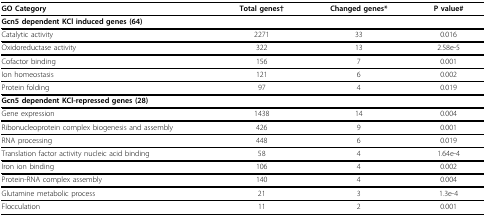
| GO Category | Total genes† | Changed genes* | P value# |
 | --- | --- | --- | --- |
 | Gcn5 dependent KCl induced genes (64) |  |  |  |
 | Catalytic activity | 2271 | 33 | 0.016 |
 | Oxidoreductase activity | 322 | 13 | 2.58e-5 |
 | Cofactor binding | 156 | 7 | 0.001 |
 | Ion homeostasis | 121 | 6 | 0.002 |
 | Protein folding | 97 | 4 | 0.019 |
 | Gcn5 dependent KCl-repressed genes (28) |  |  |  |
 | Gene expression | 1438 | 14 | 0.004 |
 | Ribonucleoprotein complex biogenesis and assembly | 426 | 9 | 0.001 |
 | RNA processing | 448 | 6 | 0.019 |
 | Translation factor activity nucleic acid binding | 58 | 4 | 1.64e-4 |
 | Iron ion binding | 106 | 4 | 0.002 |
 | Protein-RNA complex assembly | 140 | 4 | 0.004 |
 | Glutamine metabolic process | 21 | 3 | 1.3e-4 |
 | Flocculation | 11 | 2 | 0.001 |